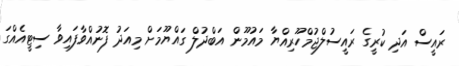
ރައީސް އަދި ކުރީގެ ރައީސުލްޖުމްހޫރިއްޔާ މައުމޫން އަބްދުލް ގައްޔޫމަށް މިއަދު ފޮނުއްވާފައިވާ ސިޓީއެއްގަ